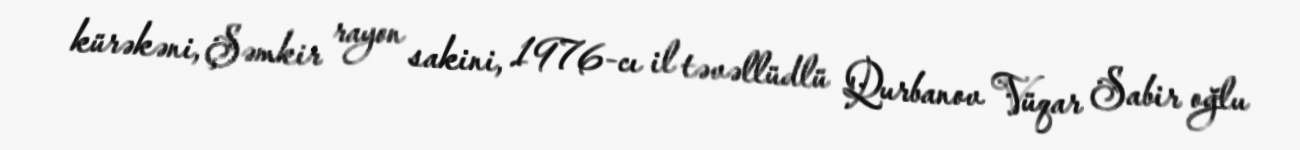
kürəkəni, Şəmkir rayon sakini, 1976-cı il təvəllüdlü Qurbanov Vüqar Sabir oğlu